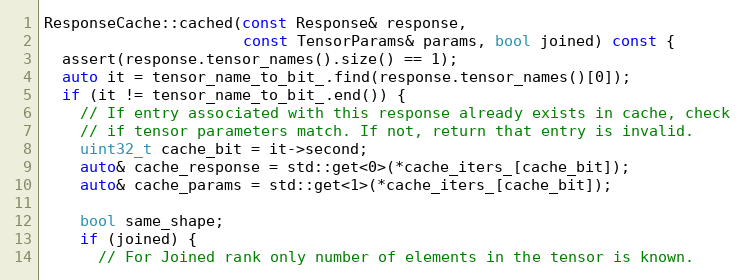
Language: C++
ResponseCache::cached(const Response& response,
                      const TensorParams& params, bool joined) const {
  assert(response.tensor_names().size() == 1);
  auto it = tensor_name_to_bit_.find(response.tensor_names()[0]);
  if (it != tensor_name_to_bit_.end()) {
    // If entry associated with this response already exists in cache, check
    // if tensor parameters match. If not, return that entry is invalid.
    uint32_t cache_bit = it->second;
    auto& cache_response = std::get<0>(*cache_iters_[cache_bit]);
    auto& cache_params = std::get<1>(*cache_iters_[cache_bit]);

    bool same_shape;
    if (joined) {
      // For Joined rank only number of elements in the tensor is known.